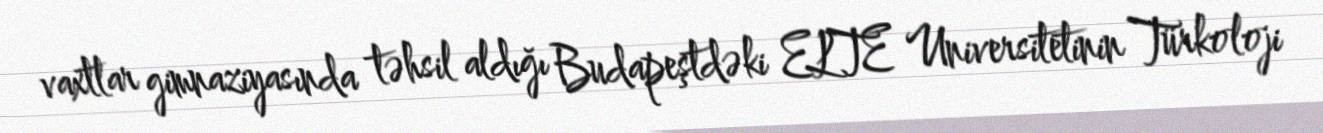
vaxtlar gimnaziyasında təhsil aldığı Budapeştdəki ELTE Universitetinin Türkoloji